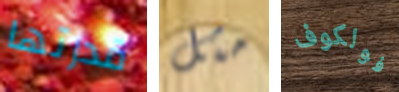
قدرتها مثل فولكوف